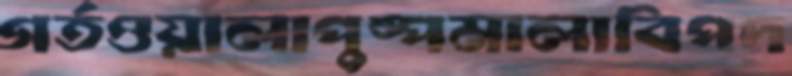
গর্তওয়ালাপুষ্পমালাবিপদ